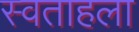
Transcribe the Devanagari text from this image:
स्वताहला